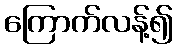
ကြောက်လန့်၍